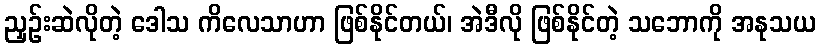
ညှဉ်းဆဲလိုတဲ့ ဒေါသ ကိလေသာဟာ ဖြစ်နိုင်တယ်၊ အဲဒီလို ဖြစ်နိုင်တဲ့ သဘောကို အနုသယ